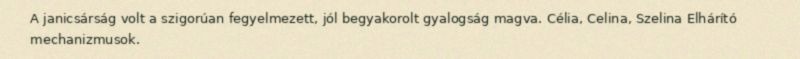
A janicsárság volt a szigorúan fegyelmezett, jól begyakorolt gyalogság magva. Célia, Celina, Szelina Elhárító mechanizmusok.